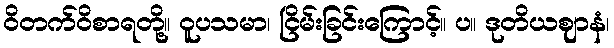
ဝိတက်ဝိစာရတို့။ ဝူပသမာ၊ ငြိမ်းခြင်းကြောင့်။ ပ။ ဒုတိယဈာနံ၊